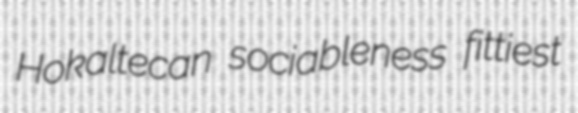
Hokaltecan sociableness fittiest